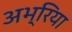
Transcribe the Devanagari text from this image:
अभ्रिया